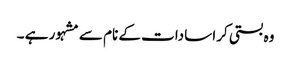
وہ بستی کرا سادات کے نام سے مشہور ہے ۔